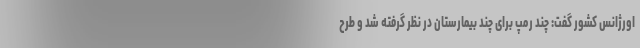
اورژانس کشور گفت: چند رمپ برای چند بیمارستان در نظر گرفته شد و طرح